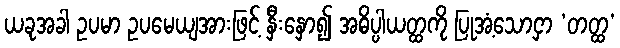
ယခုအခါ ဥပမာ ဥပမေယျအားဖြင့် နှီးနှော၍ အဓိပ္ပါယတ္ထကို ပြုအံ့သောငှာ ‘တတ္ထ’